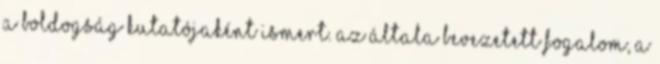
a boldogság kutatójaként ismert. Az általa bevezetett fogalom, a